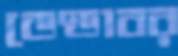
ডেণ্ডাবর